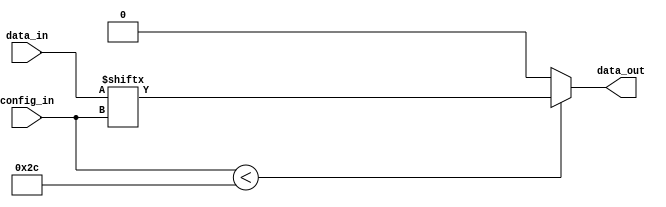
module MultiplexerSBLE(
    input [43:0] data_in,
    output data_out,
    input [5:0] config_in
);
    // Dispatch the config 
    wire [5:0] c_selector = config_in[5:0];

    // Synthesizer is probably better than me to infer the best mux
    assign data_out = config_in < 44 ? data_in[c_selector] : 0;
endmodule